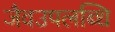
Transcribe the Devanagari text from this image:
जैवउपलब्धि